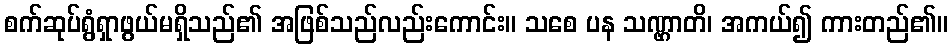
စက်ဆုပ်ရွံရှာဖွယ်မရှိသည်၏ အဖြစ်သည်လည်းကောင်း။ သစေ ပန သဏ္ဌာတိ၊ အကယ်၍ ကားတည်၏။